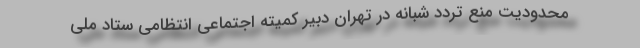
محدودیت منع تردد شبانه در تهران دبیر کمیته اجتماعی انتظامی ستاد ملی